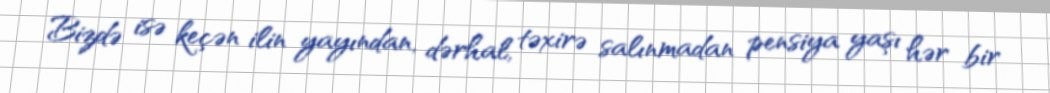
Bizdə isə keçən ilin yayından, dərhal, təxirə salınmadan pensiya yaşı hər bir